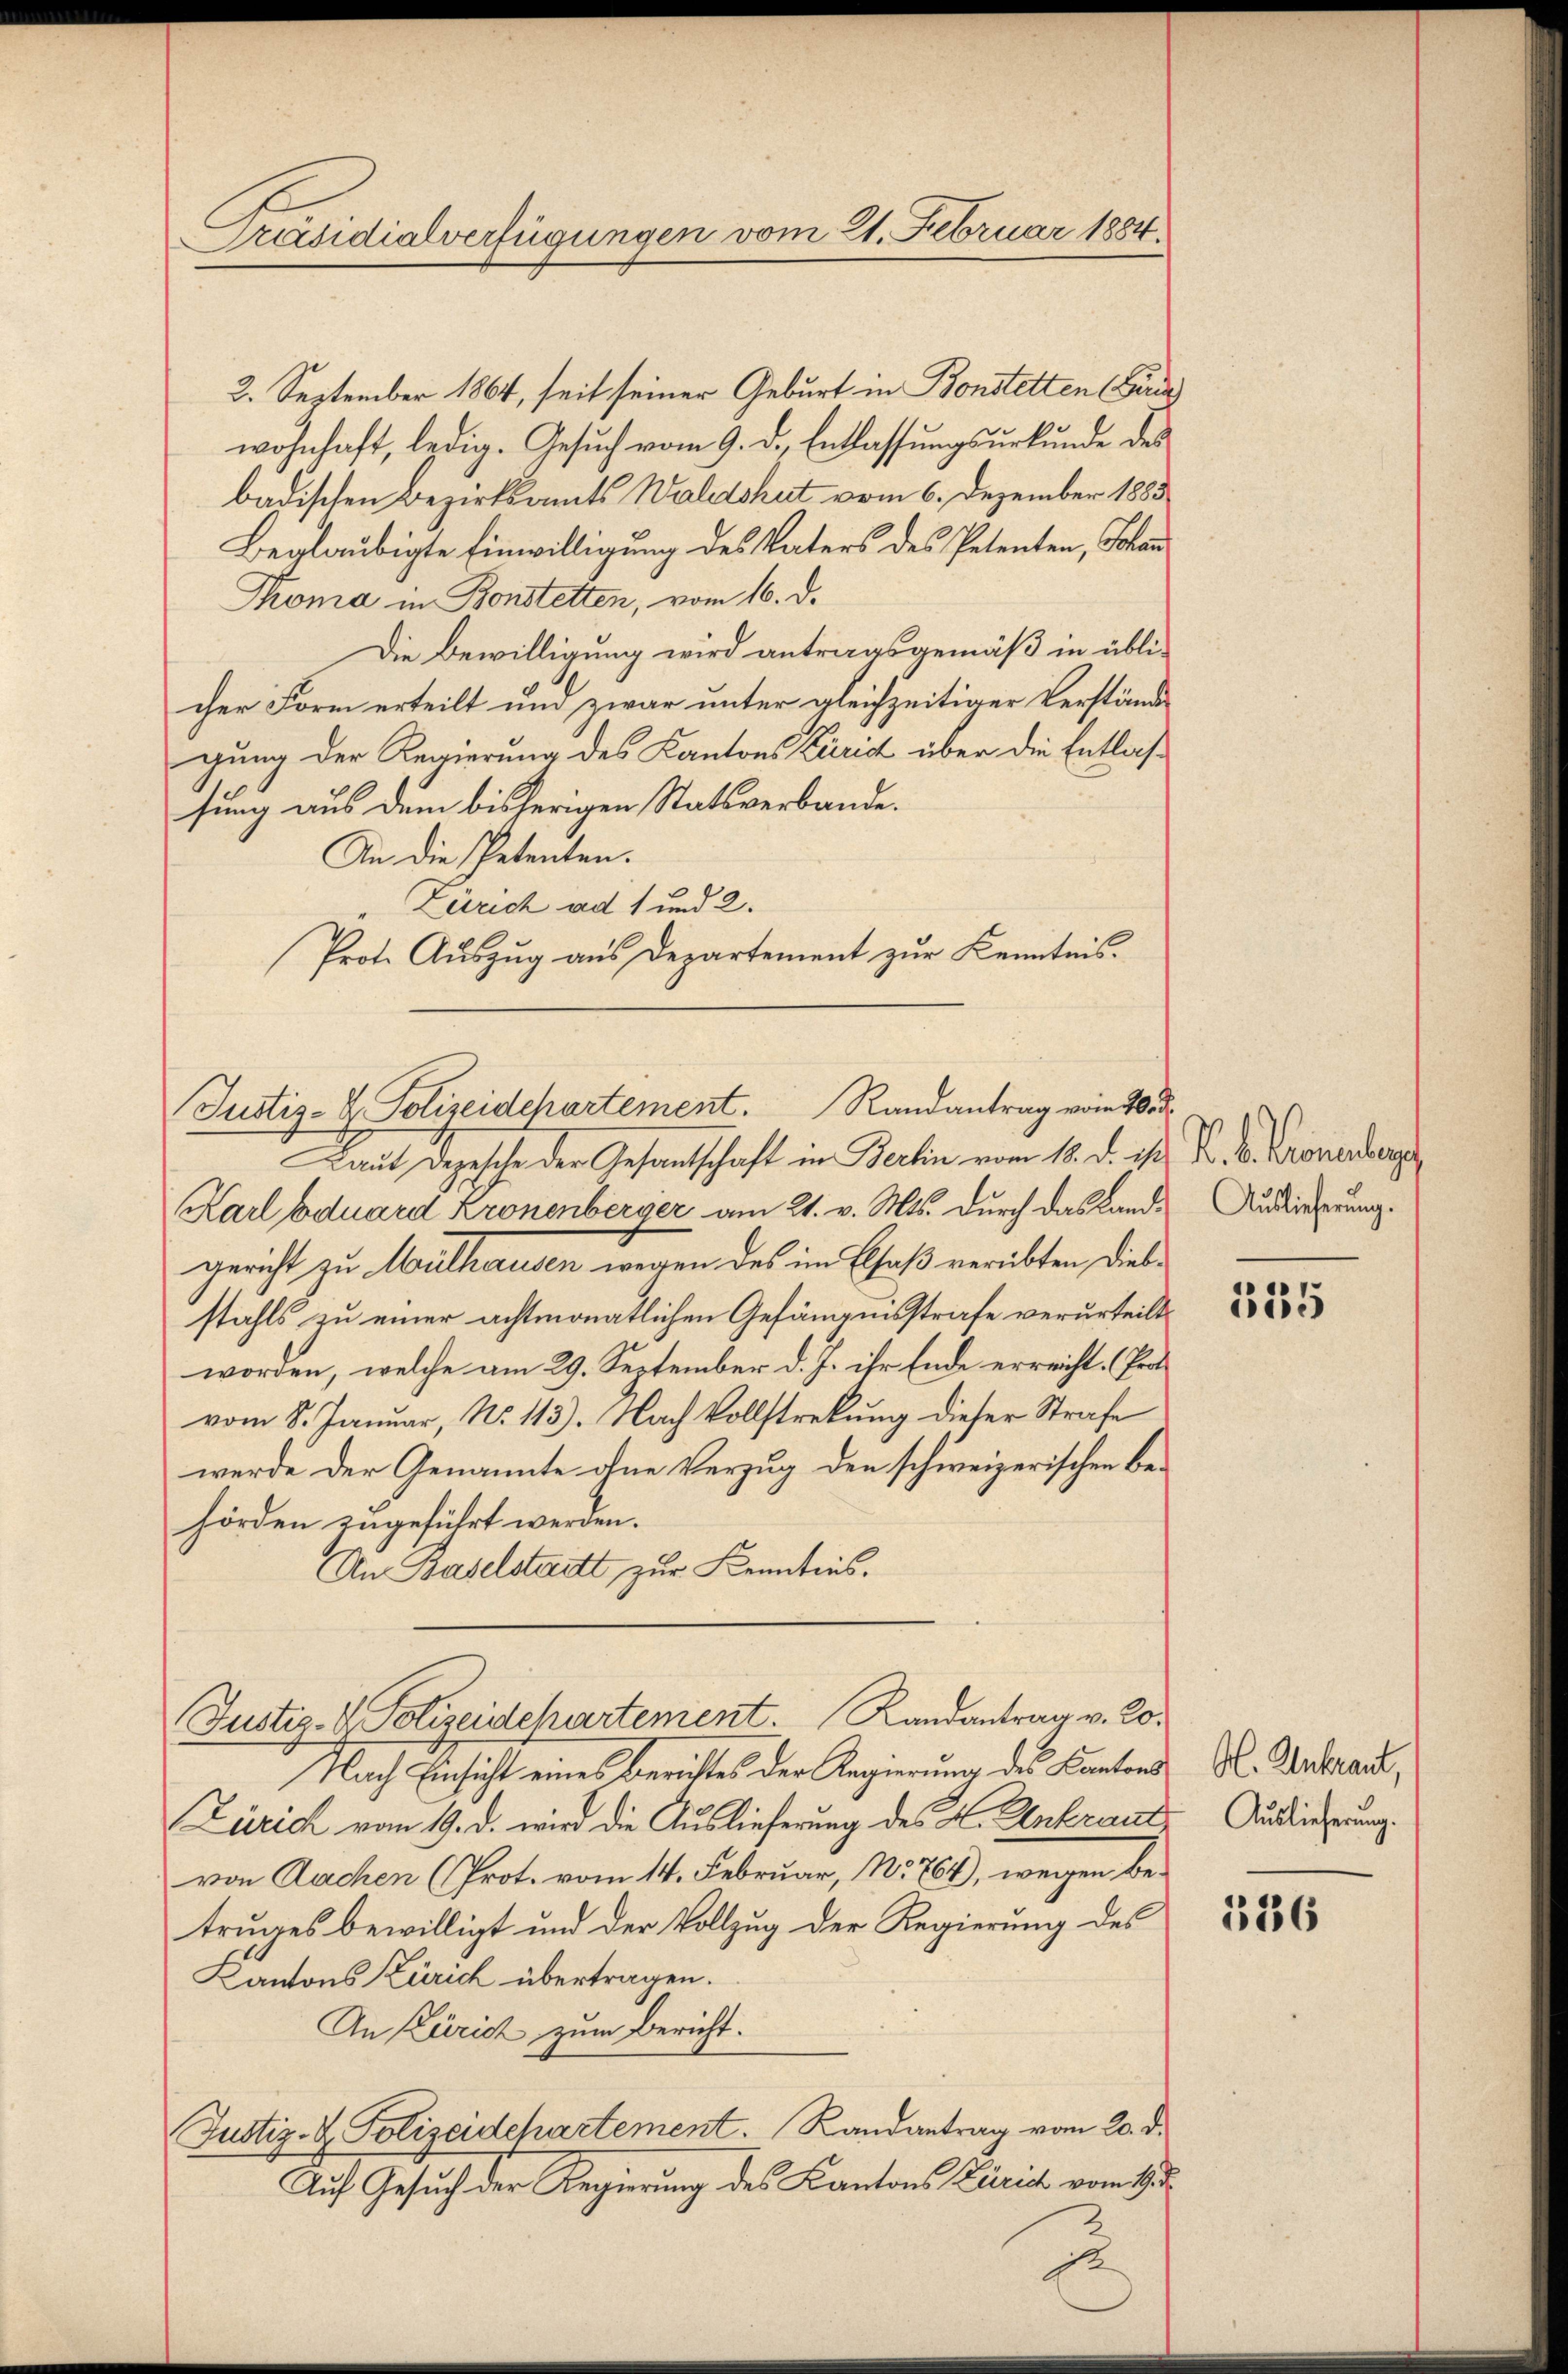
Präsidialverfügungen vom 21. Februar 1884.

2. September 1864, seit seiner Geburt in Bonstetten (Fide
wohnhaft, ledig. Gesuch vom 9. d. Entlassungsurkunde des
badischen Bezirksamts Waldshut vom 6. Dezember 1883
Beglaubigte Einwilligung des Vaters des Petenten, Schan
Kroma in Bonstetten, vom 16. d.
Die Bewilligung wird antragsgemäß in übli-
cher Form erteilt und zwar unter gleichzeitiger Verstände
gung der Regierung des Kantons Zürich über die Entlassung aus dem bisherigen Statsverbande.
An die Petenten.
Zürich ad 1 und 2.
Prote Auszug aus Departement zur Kenntnis.
aut Depesche der Gesandtschaft in Berlin vom 18. d. ist. K. B. Kronenders
Karl Eduard Kronenberger am 21. v. Mts. durch das Landgericht zu Wuthausen wegen des im Chaß verübten diesstahls zu einer achtmonatlichen Gefängnisstrafe verurteilt.
worden, welche am 29. September d. J. ihr Ende erreicht. (Prot
vom 8. Januar, No. 113). Nach Vollstrekung dieser Strafe
werde der Genannte ohne Verzug den schweizerischen Behörden zugeführt werden.
An Baselstatt zur Kenntnis.
Justiz- & Polizeidchartement. Randantrag v. Ro¬
Nach Einsicht eines Berichtes der Regierung des Kantons
Zürich vom 19. d. wird die Auslieferung des L. Antraut,
von Aachen (Prot. vom 14. Februar, No. 764), wegen betruges bewilligt und der Vollzug der Regierung des
Kantons Zürich übertragen.
An Zürich zum Bericht.
Justiz- & Polizeidchartement. Randantrag vom 20. d.
Auf Gesuch der Regierung des Kantons Zürich vom 19. d.
s

Justiz- & Polizeidepartement. Randantrag vom 20. d

Auslieferung.

155

Al. Antraut,
Auslieferung.

1336